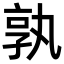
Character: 孰